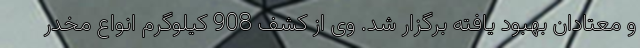
و معتادان بهبود یافته برگزار شد. وی از کشف 908 کیلوگرم انواع مخدر